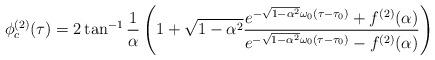
LaTeX: \begin{align*}\phi^{(2)}_c(\tau) =2\tan^{-1}\frac{1}{\alpha}\left(1 +\sqrt{1-\alpha^2}{\frac {e^{-\sqrt{1-\alpha^2}\omega_0(\tau-\tau_0)}+f^{(2)}(\alpha)}{e^{-\sqrt{1-\alpha^2}\omega_0(\tau-\tau_0)}-f^{(2)}(\alpha)}}\right)\end{align*}